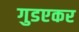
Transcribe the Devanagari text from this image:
गुडएकर